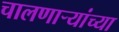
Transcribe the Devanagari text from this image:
चालणार्‍यांच्या